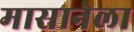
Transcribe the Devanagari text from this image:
मासानेला